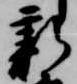
新